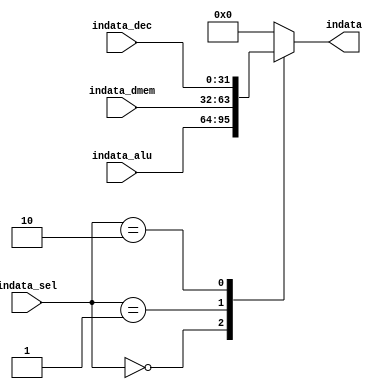
`timescale 1ns / 1ps
//////////////////////////////////////////////////////////////////////////////////
// Company: 
// Engineer: 
// 
// Design Name: 
// Module Name:    indata_choose 
// Project Name: 
// Target Devices: 
// Tool versions: 
// Description: 
//
// Dependencies: 
//
// Revision: 
// Revision 0.01 - File Created
// Additional Comments: 
//
//////////////////////////////////////////////////////////////////////////////////
module indata_choose(
		indata_sel,indata_alu,indata_dmem,indata,indata_dec
    );
	 input [1:0]indata_sel;
	 input [31:0] indata_alu,indata_dmem,indata_dec;
	 output reg [31:0] indata;
	 always@(indata_sel or indata_alu or indata_dmem or indata_dec)
		begin
			case (indata_sel)
					2'b00 : indata = indata_alu;
					2'b01 : indata = indata_dmem;
					2'b10 : indata = indata_dec;
					default : indata = 32'h00000000;
			endcase
		end
endmodule